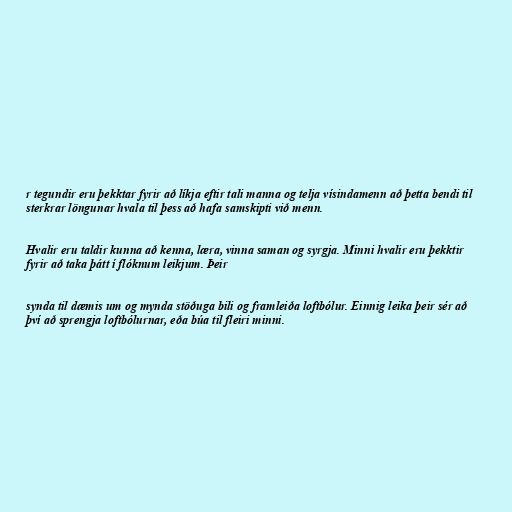
r tegundir eru þekktar fyrir að líkja eftir tali manna og telja vísindamenn að þetta bendi til
sterkrar löngunar hvala til þess að hafa samskipti við menn.

Hvalir eru taldir kunna að kenna, læra, vinna saman og syrgja. Minni hvalir eru þekktir
fyrir að taka þátt í flóknum leikjum. Þeir

synda til dæmis um og mynda stöðuga bili og framleiða loftbólur. Einnig leika þeir sér að
því að sprengja loftbólurnar, eða búa til fleiri minni.